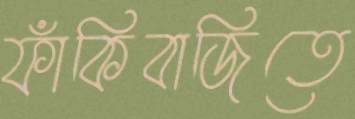
ফাঁকিবাজিতে